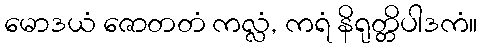
မောဒယံ ဇောတတံ ကလ္လံ, ကရံ နိရုတ္တိပါဒကံ။